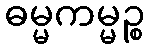
ဓမ္မကမ္မဉ္စ